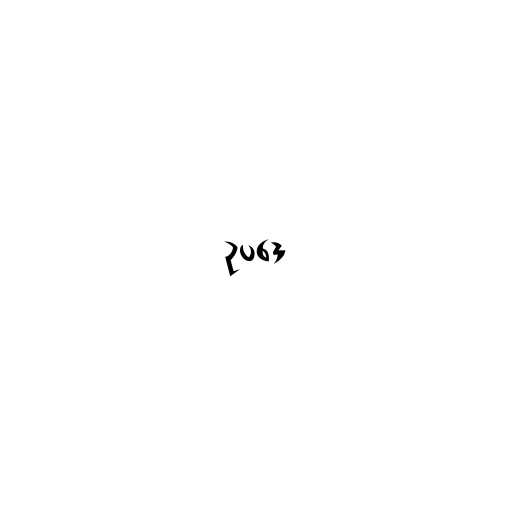
ဥပဒေ